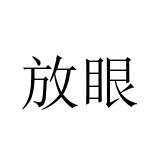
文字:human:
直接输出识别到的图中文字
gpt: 放眼